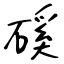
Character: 磎